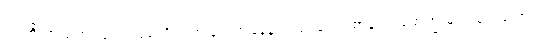
ပုဂံကို ကယ်တင်ခဲ့တဲ့ လုစ်ကို ဂုဏ်ပြုတဲ့အနေနဲ့ ကဗျာဆရာ စာပေပါမောက္ခ မင်းသုဝဏ်က